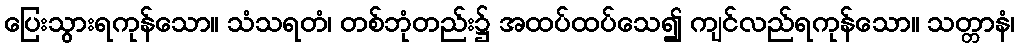
ပြေးသွားရကုန်သော။ သံသရတံ၊ တစ်ဘုံတည်း၌ အထပ်ထပ်သေ၍ ကျင်လည်ရကုန်သော။ သတ္တာနံ၊